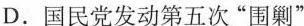
D.国民党发动第五次”围剿”